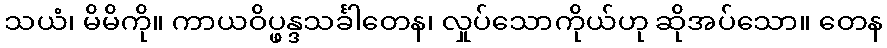
သယံ၊ မိမိကို။ ကာယဝိပ္ဖန္ဒသင်္ခါတေန၊ လှုပ်သောကိုယ်ဟု ဆိုအပ်သော။ တေန